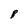
Character: 8